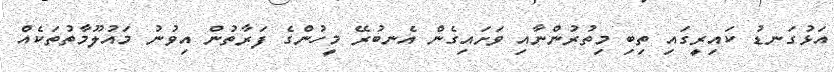
އަޅުގަނޑު ކައިރީގައި ތިބި މިތުރުންނާއި ވަށައިގެން އެނބުރޭ މީހުންގެ ފަރާތުން އިވުނު މައުލޫމާތުތަކެއް